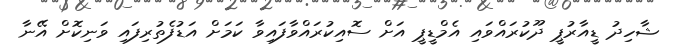
ޝާހިދު ޑީއާރުޕީ ދޫކުރައްވައި އެމްޑީޕީ އަށް ސޮއިކުރައްވާފައިވާ ކަމަށް އަޑުފެތުރިފައި ވަނިކޮށް އޭނާ